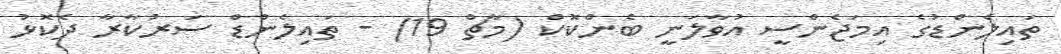
ތައިލެންޑުގެ އިމަޖެންސީ އުވާލަނީ ބެންކޮކް (މާޗް 19) - ތައިލެންޑް ސަރުކާރާ ދެކޮޅު